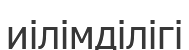
иілімділігі